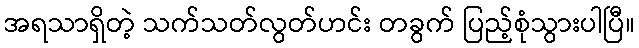
အရသာရှိတဲ့ သက်သတ်လွတ်ဟင်း တခွက် ပြည့်စုံသွားပါပြီ။